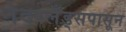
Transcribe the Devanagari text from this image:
नेदरलँड्सपासून